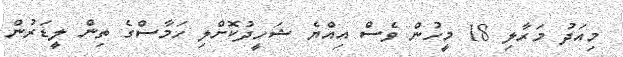
މިއަދު މަރާލި 18 މީހުން ވެސް އިއްޔެ ޝަހީދުކޮށްލި ހަމާސްގެ ތިން ލީޑަރުން